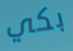
بكي